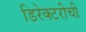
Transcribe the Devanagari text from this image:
डिरेक्टरीची